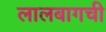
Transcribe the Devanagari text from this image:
लालबागची